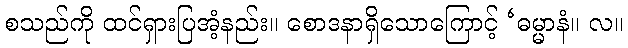
စသည်ကို ထင်ရှားပြအံ့နည်း။ စောဒနာရှိသောကြောင့် ‘ဓမ္မာနံ။ လ။